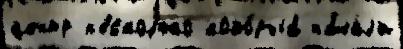
центр н'е́сколько кото́рый на́чал'и